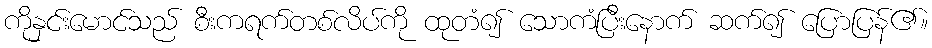
ကိုနှင်းမောင်သည် စီးကရက်တစ်လိပ်ကို ထုတံ၍ သောကံပြီးနောက် ဆက်၍ ပြောပြန်၏။